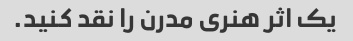
یک اثر هنری مدرن را نقد کنید.